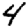
Digit: 4